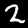
Label: 2